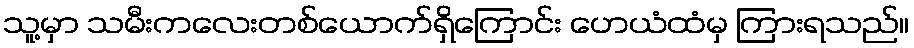
သူ့မှာ သမီးကလေးတစ်ယောက်ရှိကြောင်း ဟေယံထံမှ ကြားရသည်။